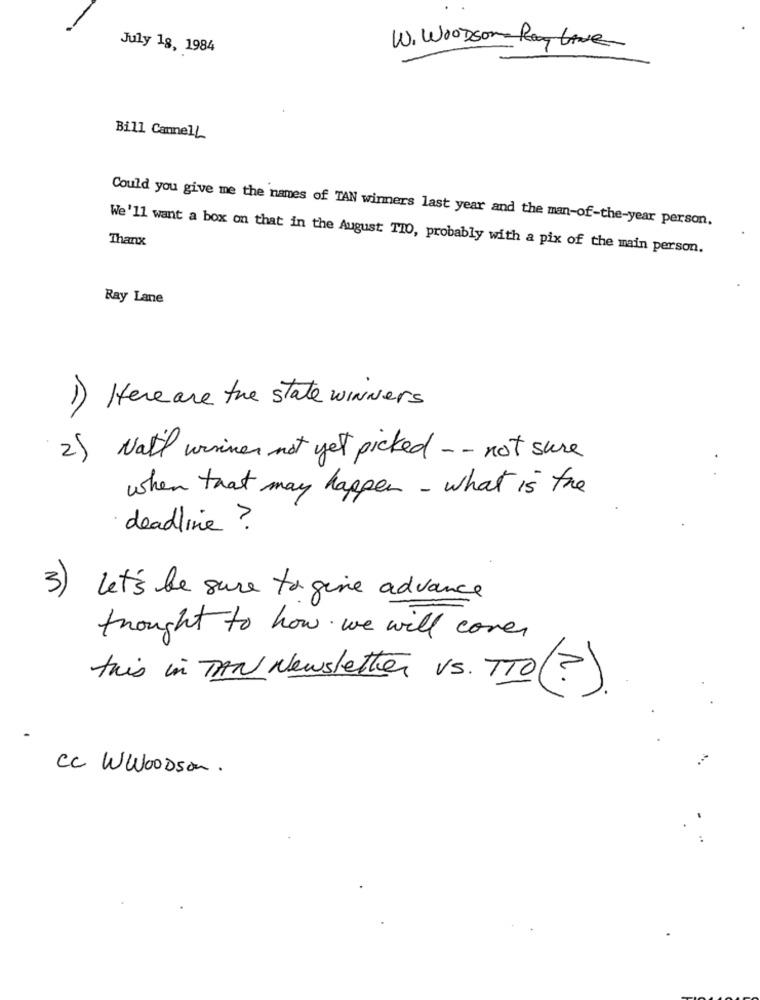
July 18, 1984
W. WOODsome Rag LANe
Bill CannelL
Could you give me the names of TAN winners last year and the man-of-the-year person.
Thanx
We'll want a box on that in the August TIO, probably with a pix of the main person.
Ray Lane
1) Here are the state winners
2) Nail winner not yet picked - - not sure
when that may happen - what is the
·deadline ?
3) let's be sure to give advance
thought to how we will cover
this in TAN Newsletter vs. TTO (?).
cc WWOODson .